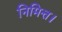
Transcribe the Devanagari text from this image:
निमित्त।